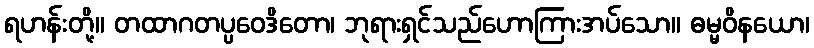
ရဟန်းတို့။ တထာဂတပ္ပဝေဒိတော၊ ဘုရားရှင်သည်ဟောကြားအပ်သော။ ဓမ္မဝိနယော၊